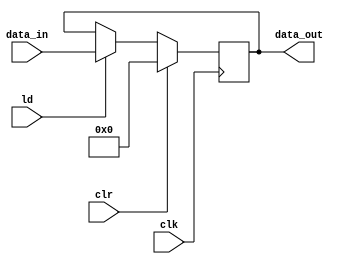
`timescale 1ns/1ns;

module ACC(input [11:0] data_in, input ld, clr, clk, output reg[11:0] data_out);
	always@(posedge  clk)
		if (clr)
			data_out <= 12'b0;
		else if (ld)
			data_out <= data_in;
endmodule